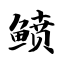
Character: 鲼